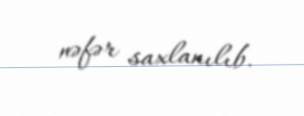
nəfər saxlanılıb.